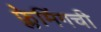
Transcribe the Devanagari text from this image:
फ्लेमिंगची